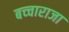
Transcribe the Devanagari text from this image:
बच्‍चाराजा